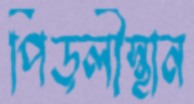
পিড়লীস্থান